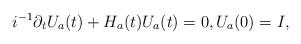
LaTeX: \begin{align*}i^{-1}\partial_tU_a(t)+H_a(t)U_a(t)=0,U_a(0)=I,\end{align*}